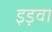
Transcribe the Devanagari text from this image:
इड़वा